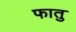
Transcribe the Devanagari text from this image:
फातु